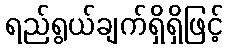
ရည်ရွယ်ချက်ရှိရှိဖြင့်